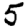
Digit: 5